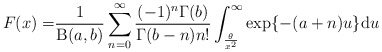
\begin{align*}F(x)=&\frac{1}{\operatorname{B}(a,b)}\sum^{\infty}_{n=0}\frac{(-1)^n\Gamma (b)}{\Gamma(b-n)n!}\int^{\infty}_{\frac{\theta}{x^2}}\exp\{-(a+n)u\}\mathrm{d}u\end{align*}